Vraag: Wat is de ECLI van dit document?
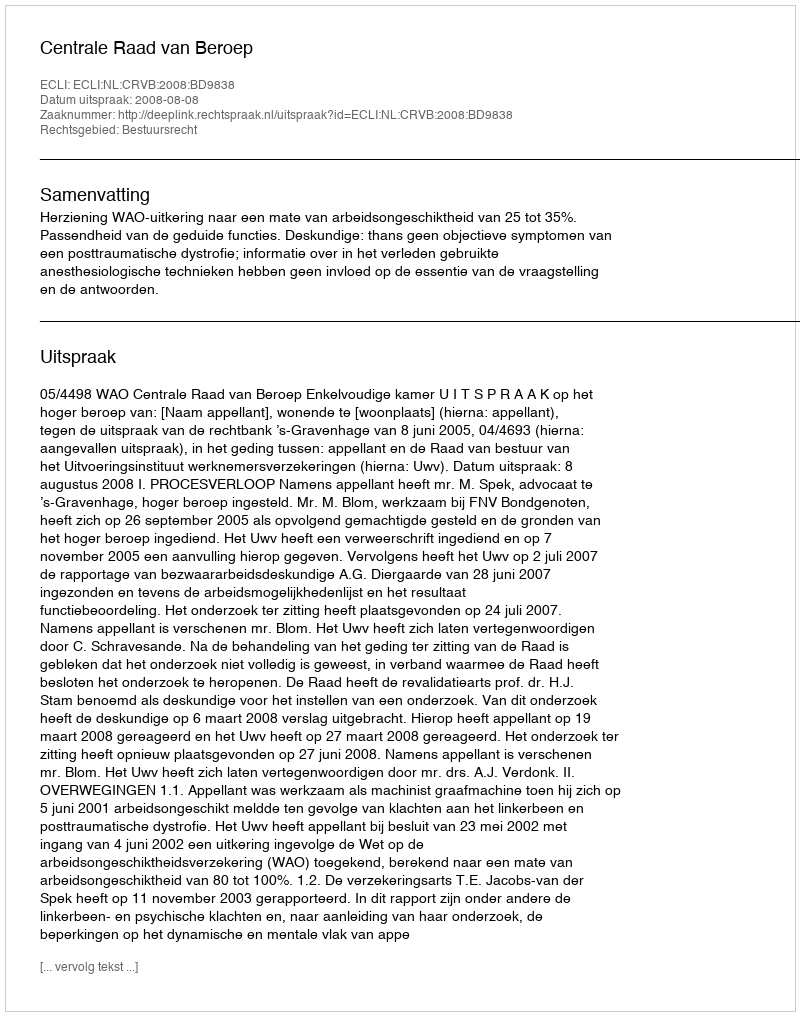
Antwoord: ECLI:NL:CRVB:2008:BD9838